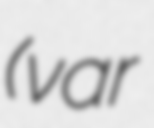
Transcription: (var